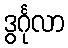
ဒွင်္ဂုလာ